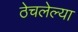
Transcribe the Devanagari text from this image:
ठेचलेल्या